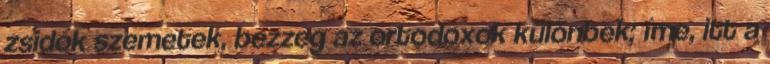
zsidók szemetek, bezzeg az ortodoxok különbek; íme, itt a